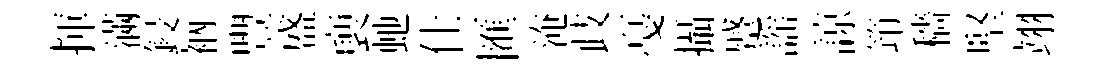
揮滿鋟衲豐盛褏虵仕匯淹歧戞攝蹙謡諒笻穡堅翊